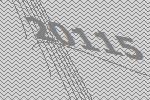
20115